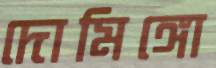
দোমিঙ্গো